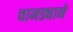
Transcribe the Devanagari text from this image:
चामड्याने